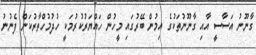
ގާނޫނު އަސާސީ އާއި ގާނޫނުތަކުގެ އިމުން ބޭރުގައި މީހުން ހައްޔަރުކުރުމަކީ ހުދުމުހްތާރުކަން ފެނުނު